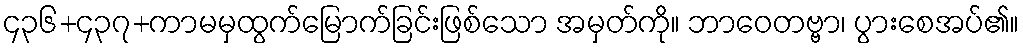
၄၃၆+၄၃၇+ကာမမှထွက်မြောက်ခြင်းဖြစ်သော အမှတ်ကို။ ဘာဝေတဗ္ဗာ၊ ပွားစေအပ်၏။